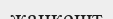
жанкешт